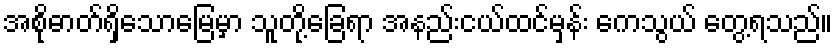
အစိုဓာတ်ရှိသောမြေမှာ သူတို့ခြေရာ အနည်းငယ်ထင်မှန်း ကေသွယ် တွေ့ရသည်။